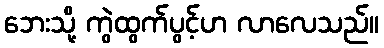
ဘေးသို့ ကွဲထွက်ပွင့်ဟ လာလေသည်။